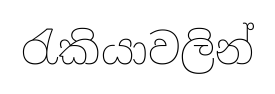
රැකියාවලින්